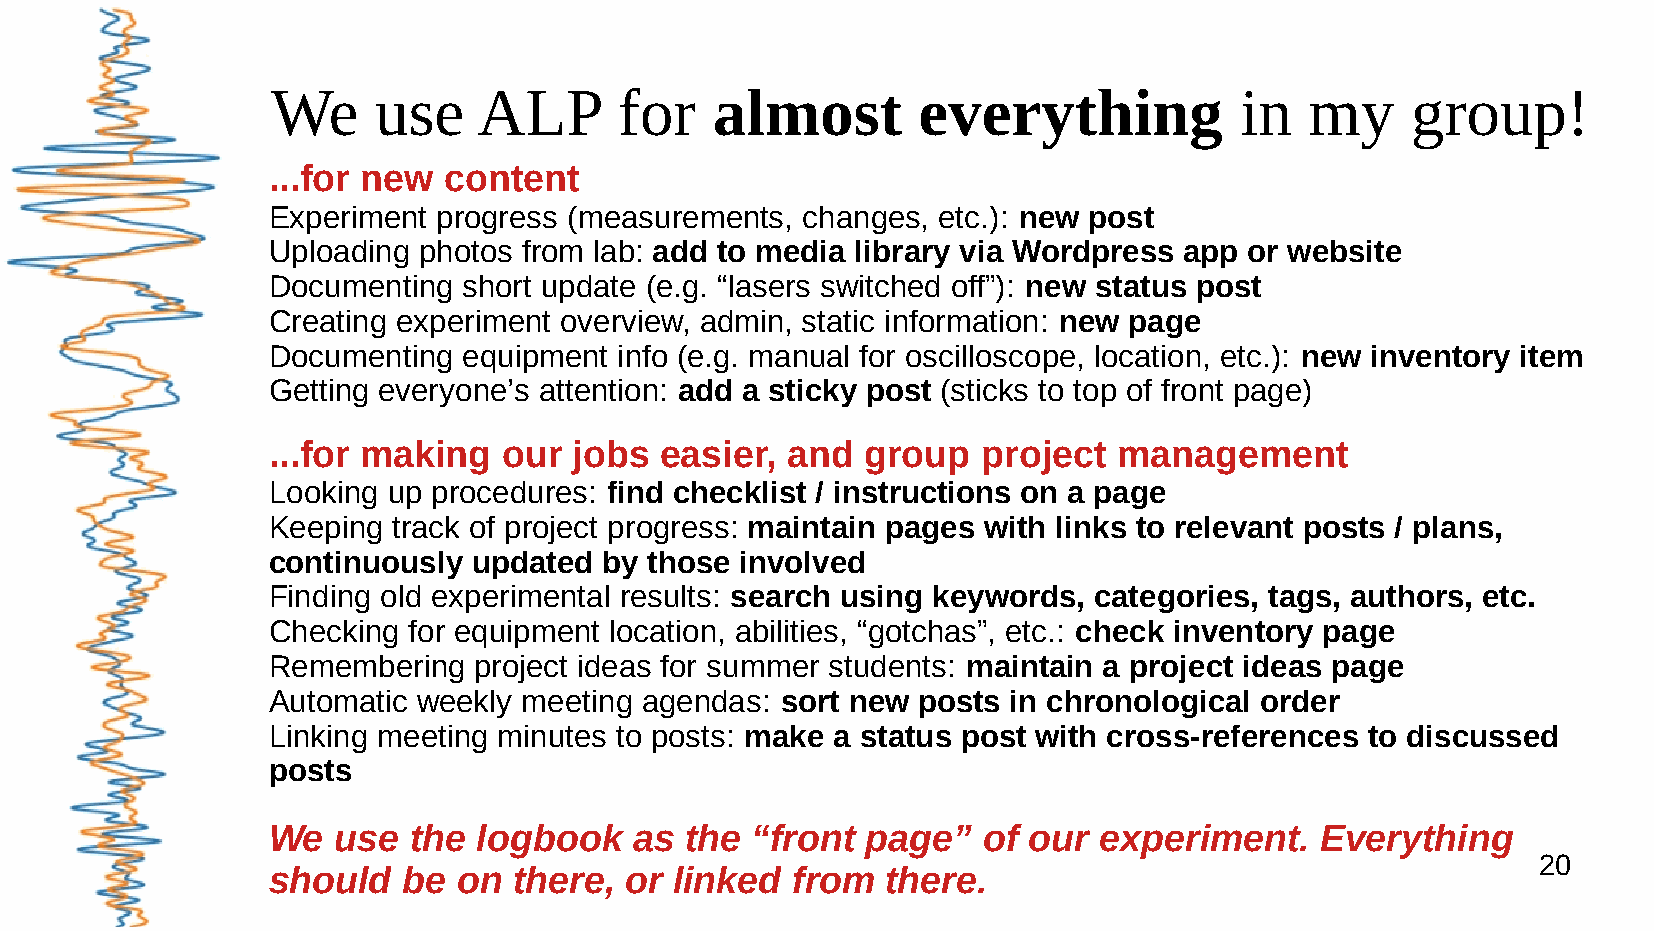
We     use    ALP      for   almost        everything           in   my    group!
 ...for new content
 Experiment progress (measurements, changes, etc.): new post
 Uploading photos from lab: add to media library via Wordpress app or website
 Documenting  short update (e.g. “lasers switched off”): new status post
 Creating experiment overview, admin, static information: new page
 Documenting  equipment info (e.g. manual for oscilloscope, location, etc.): new inventory item
 Getting everyone’s attention: add a sticky post (sticks to top of front page)
 ...for making  our  jobs  easier, and  group   project  management
 Looking up procedures: find checklist / instructions on a page
 Keeping track of project progress: maintain pages with links to relevant posts / plans,
 continuously updated  by those involved
 Finding old experimental results: search using keywords, categories, tags, authors, etc.
 Checking for equipment location, abilities, “gotchas”, etc.: check inventory page
 Remembering  project ideas for summer students: maintain a project ideas page
 Automatic weekly meeting agendas: sort new posts in chronological order
 Linking meeting minutes to posts: make a status post with cross-references to discussed
 posts
 We  use  the  logbook   as the  “front page”   of our  experiment.   Everything
 20
 should   be on  there, or  linked from   there.